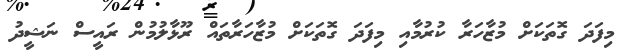
މިފަދަ ގޮތަކަށް މުޒާހަރާ ކުރުމާއި މިފަދަ ގޮތަކަށް މުޒާހަރާތައް ރޫޅާލުމުން ރައީސް ނަޝީދު